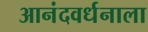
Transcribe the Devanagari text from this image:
आनंदवर्धनाला